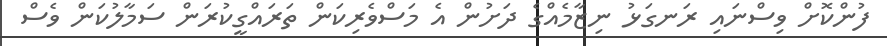
ފުންކޮށް ވިސްނައި ރަނގަޅު ނިޒާމެއްގެ ދަށުން އެ މަސްވެރިކަން ތަރައްގީކުރަން ސަމާލުކަން ވެސް